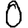
Digit: 0